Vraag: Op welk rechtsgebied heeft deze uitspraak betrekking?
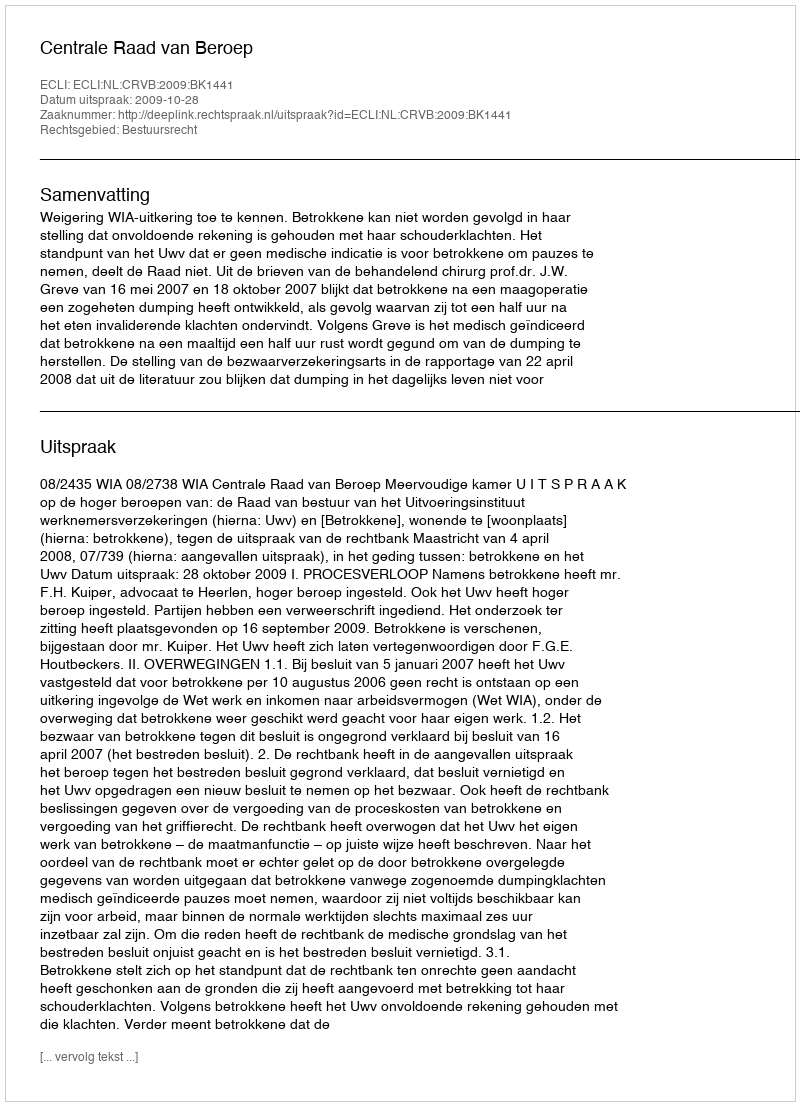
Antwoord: Bestuursrecht